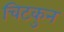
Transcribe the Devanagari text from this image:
चिटकुन